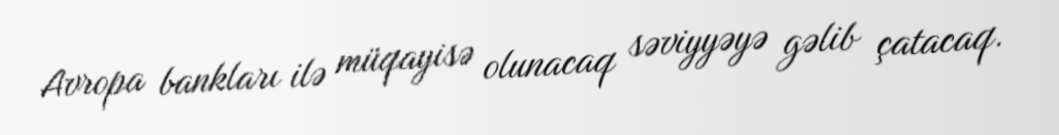
Avropa bankları ilə müqayisə olunacaq səviyyəyə gəlib çatacaq.